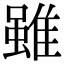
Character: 雖